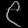
Digit: ၉